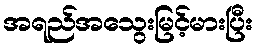
အရည်အသွေးမြင့်မားပြီး